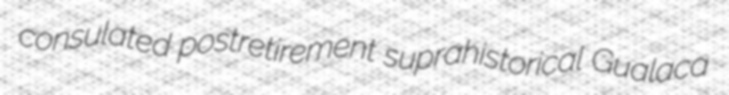
consulated postretirement suprahistorical Gualaca